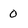
Character: O